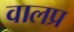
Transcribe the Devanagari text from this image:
वालप्र